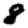
Digit: 8